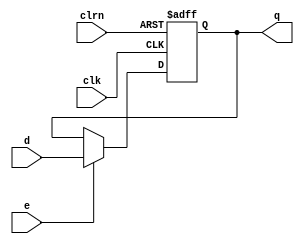
`timescale 1ns / 1ps
//////////////////////////////////////////////////////////////////////////////////
// Company: 
// Engineer: 
// 
// Design Name: 
// Module Name: dffe32
// Project Name: 
// Target Devices: 
// Tool Versions: 
// Description: 32 D flip-flops enable 32D
// 
// Dependencies: 
// 
// Revision:
// Revision 0.01 - File Created
// Additional Comments:
// 
//////////////////////////////////////////////////////////////////////////////////


module dffe32(d,clk,clrn,e,q);
    input [31:0] d;
    input clk;
    input clrn;
    input e;
    output reg [31:0] q;

    always @ (negedge clrn or posedge clk) begin
        if (!clrn) begin
            q <= 0;         // ()q0
        end else if (e) begin
            q <= d;
        end
    end  
endmodule